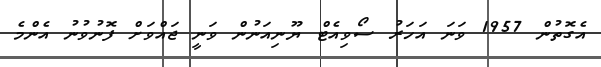
އެގޮތުން 1957 ވަނަ އަހަރު ސޯވިއެޓް ޔޫނިއަނުން ވަނީ ޖައްވަށް ފޮނުވުނު އެންމެ